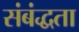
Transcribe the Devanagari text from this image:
संबंद्धता